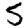
Digit: 5